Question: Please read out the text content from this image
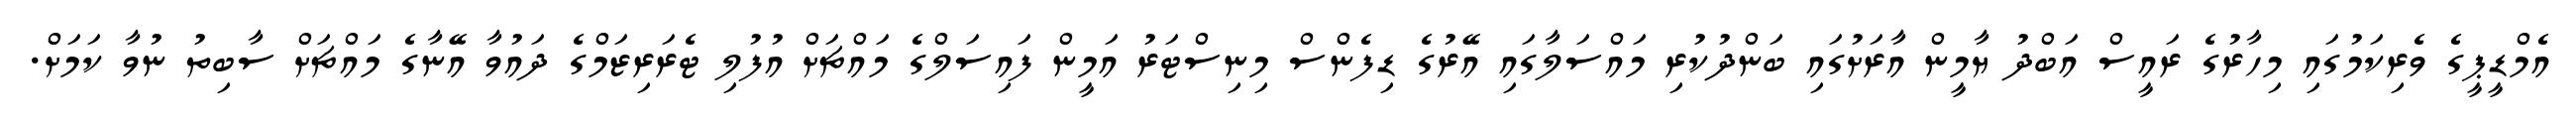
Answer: އެމްޑީޕީގެ ވެރިކަމުގައި މިހާރުގެ ރައީސް އަބްދު ޔާމީން އާރަށުގައި ބަންދުކުރި މައްސަލާގައި އޭރުގެ ޑިފެންސް މިނިސްޓަރު އަމީން ފައިސަލްގެ މައްޗަށް އުފުލި ޓެރަރިޒަމްގެ ދައުވާ އޭނާގެ މައްޗަށް ސާބިތު ނުވާ ކަމަށް.